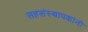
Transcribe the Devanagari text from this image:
सहसंस्थापकांनी